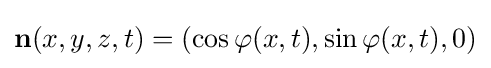
\mathbf {n} (x,y,z,t)=(\cos \varphi (x,t),\sin \varphi (x,t),0)